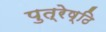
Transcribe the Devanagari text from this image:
पुत्रेष्ठि